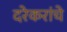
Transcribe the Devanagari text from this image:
दरेकरांचे